Vaccination in Bombay 1902-1912 - 1902-1912
Year: 1902
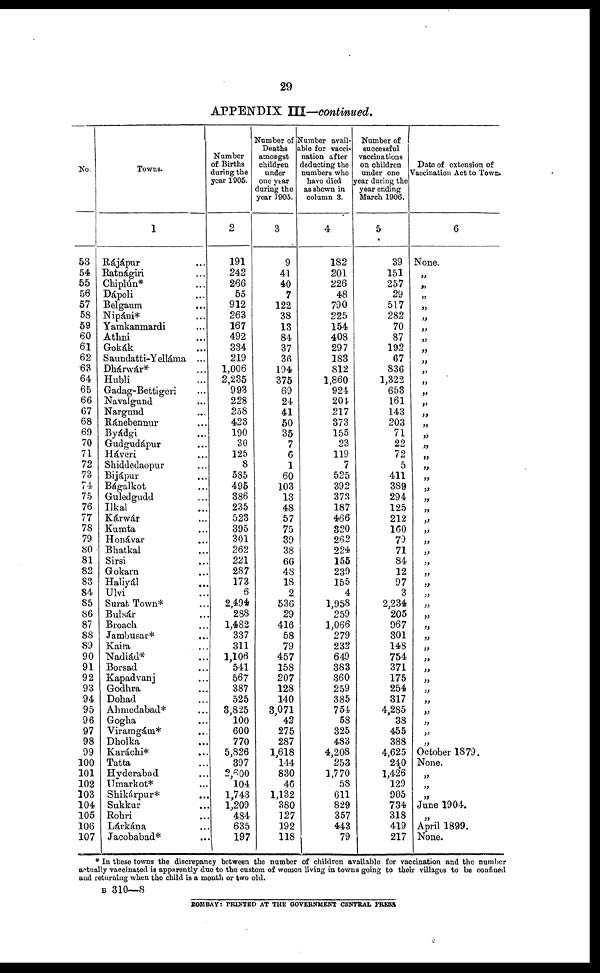
29
APPENDIX III—continued.
No.
53
54
55
56
57
58
59
60
61
62
63
64
65
66
67
68
69
70
71
72
73
74
75
76
77
78
79
80
81
82
83
84
85
86
87
88
89
90
91
92
93
94
95
96
97
98
99
100
101
102
103
104
105
106
107
Towns.
1
Rájápur ...
Ratnágiri ...
Chiplún* ...
Dápoli ...
Belgaum ...
Nipáni* ...
Yamkanmardi ...
Athni ...
Gokák ...
Saundatti-Yelláma ...
Dhárwár* ...
Hubli ...
Gadag-Bettigori ...
Navalgund ...
Nargund ...
Ránebennur ...
Byádgi ...
Gudgudápur ...
Háveri ...
Shiddedaopur ...
Bijápur ...
Bágalkot ...
Guledgudd ...
Ilkal ...
Kárwár ...
Kumta ...
Honávar ...
Bhatkal ...
Sirsi ...
Gokarn ...
Haliyál ...
Ulvi ...
Surat Town* ...
Bulsár ...
Broach ...
Jambusar* ...
Kaira
...
Nadiád* ...
Borsad ...
Kapadvanj ...
Godhra ...
Dohad ...
Ahmedabad* ...
Gogka ...
Viramgám* ...
Dholka ...
Karáchi* ...
Tatta ...
Hyderabad ...
Umarkot* ...
Shikárpur* ...
Sukkur ...
Rohri ...
Lárkána ...
Jacobabad* ...
Number
of Births
during the
year 1905.
2
191
242
266
55
912
263
167
492
334
219
1,006
2,235
993
228
258
423
190
30
125
8
585
495
386
235
523
395
301
262
221
287
173
6
2,494
288
1,482
337
311
1,106
541
567
387
525
3,825
100
600
770
5,826
397
2,600
104
1,743
1,209
484
635
197
Number of
Deaths
amongst
children
under
one year
during the
year 1905.
3
9
41
40
7
122
38
13
84
37
36
194
375
69
24
41
50
35
7
6
1
60
103
13
48
57
75
39
38
66
48
18
2
536
29
416
58
79
457
158
207
128
140
3,071
42
275
287
1,618
144
830
46
1,132
380
127
192
118
Number avail-
able for vacci-
nation after
deducting the
numbers who
have died
as shown in
column 3.
4
182
201
226
48
790
225
154
408
297
183
812
1,860
924
204
217
373
155
23
119
7
525
392
373
187
466
320
262
224
155
239
155
4
1,953
259
1,066
279
232
649
383
360
259
385
754
58
325
483
4,208
253
1,770
58
611
829
357
443
79
Number of
successful
vaccinations
on children
under one
year during the
year ending
March 1906.
5
39
151
257
29
517
282
70
87
192
67
836
1,322
653
161
143
203
71
22
72
5
411
389
294
125
212
160
79
71
84
12
97
3
2,234
205
967
301
148
754
371
175
254
317
4,285
38
455
388
4,625
240
1,426
129
905
734
318
419
217
Date of extension of
Vaccination Act to Town*
6
None.
„
„
„
„
„
„
„
„
„
„
„
„
„
„
„
„
„
„
„
„
„
„
„
„
„
„
„
„
„
„
„
„
„
„
„
„
„
„
„
„
„
„
„
„
„
October 1879.
None.
„
„
„
June 1904.
„
April 1899.
None.
* In these towns the discrepancy between the number of children available for vaccination and the number
actually vaccinated is apparently due to the custom of women living in towns going to their villages to be confined
and returning when the child is a month or two old.
B 310—8
BOMBAY: PRINTED AT THE GOVERNMENT CENTRAL PRESS.